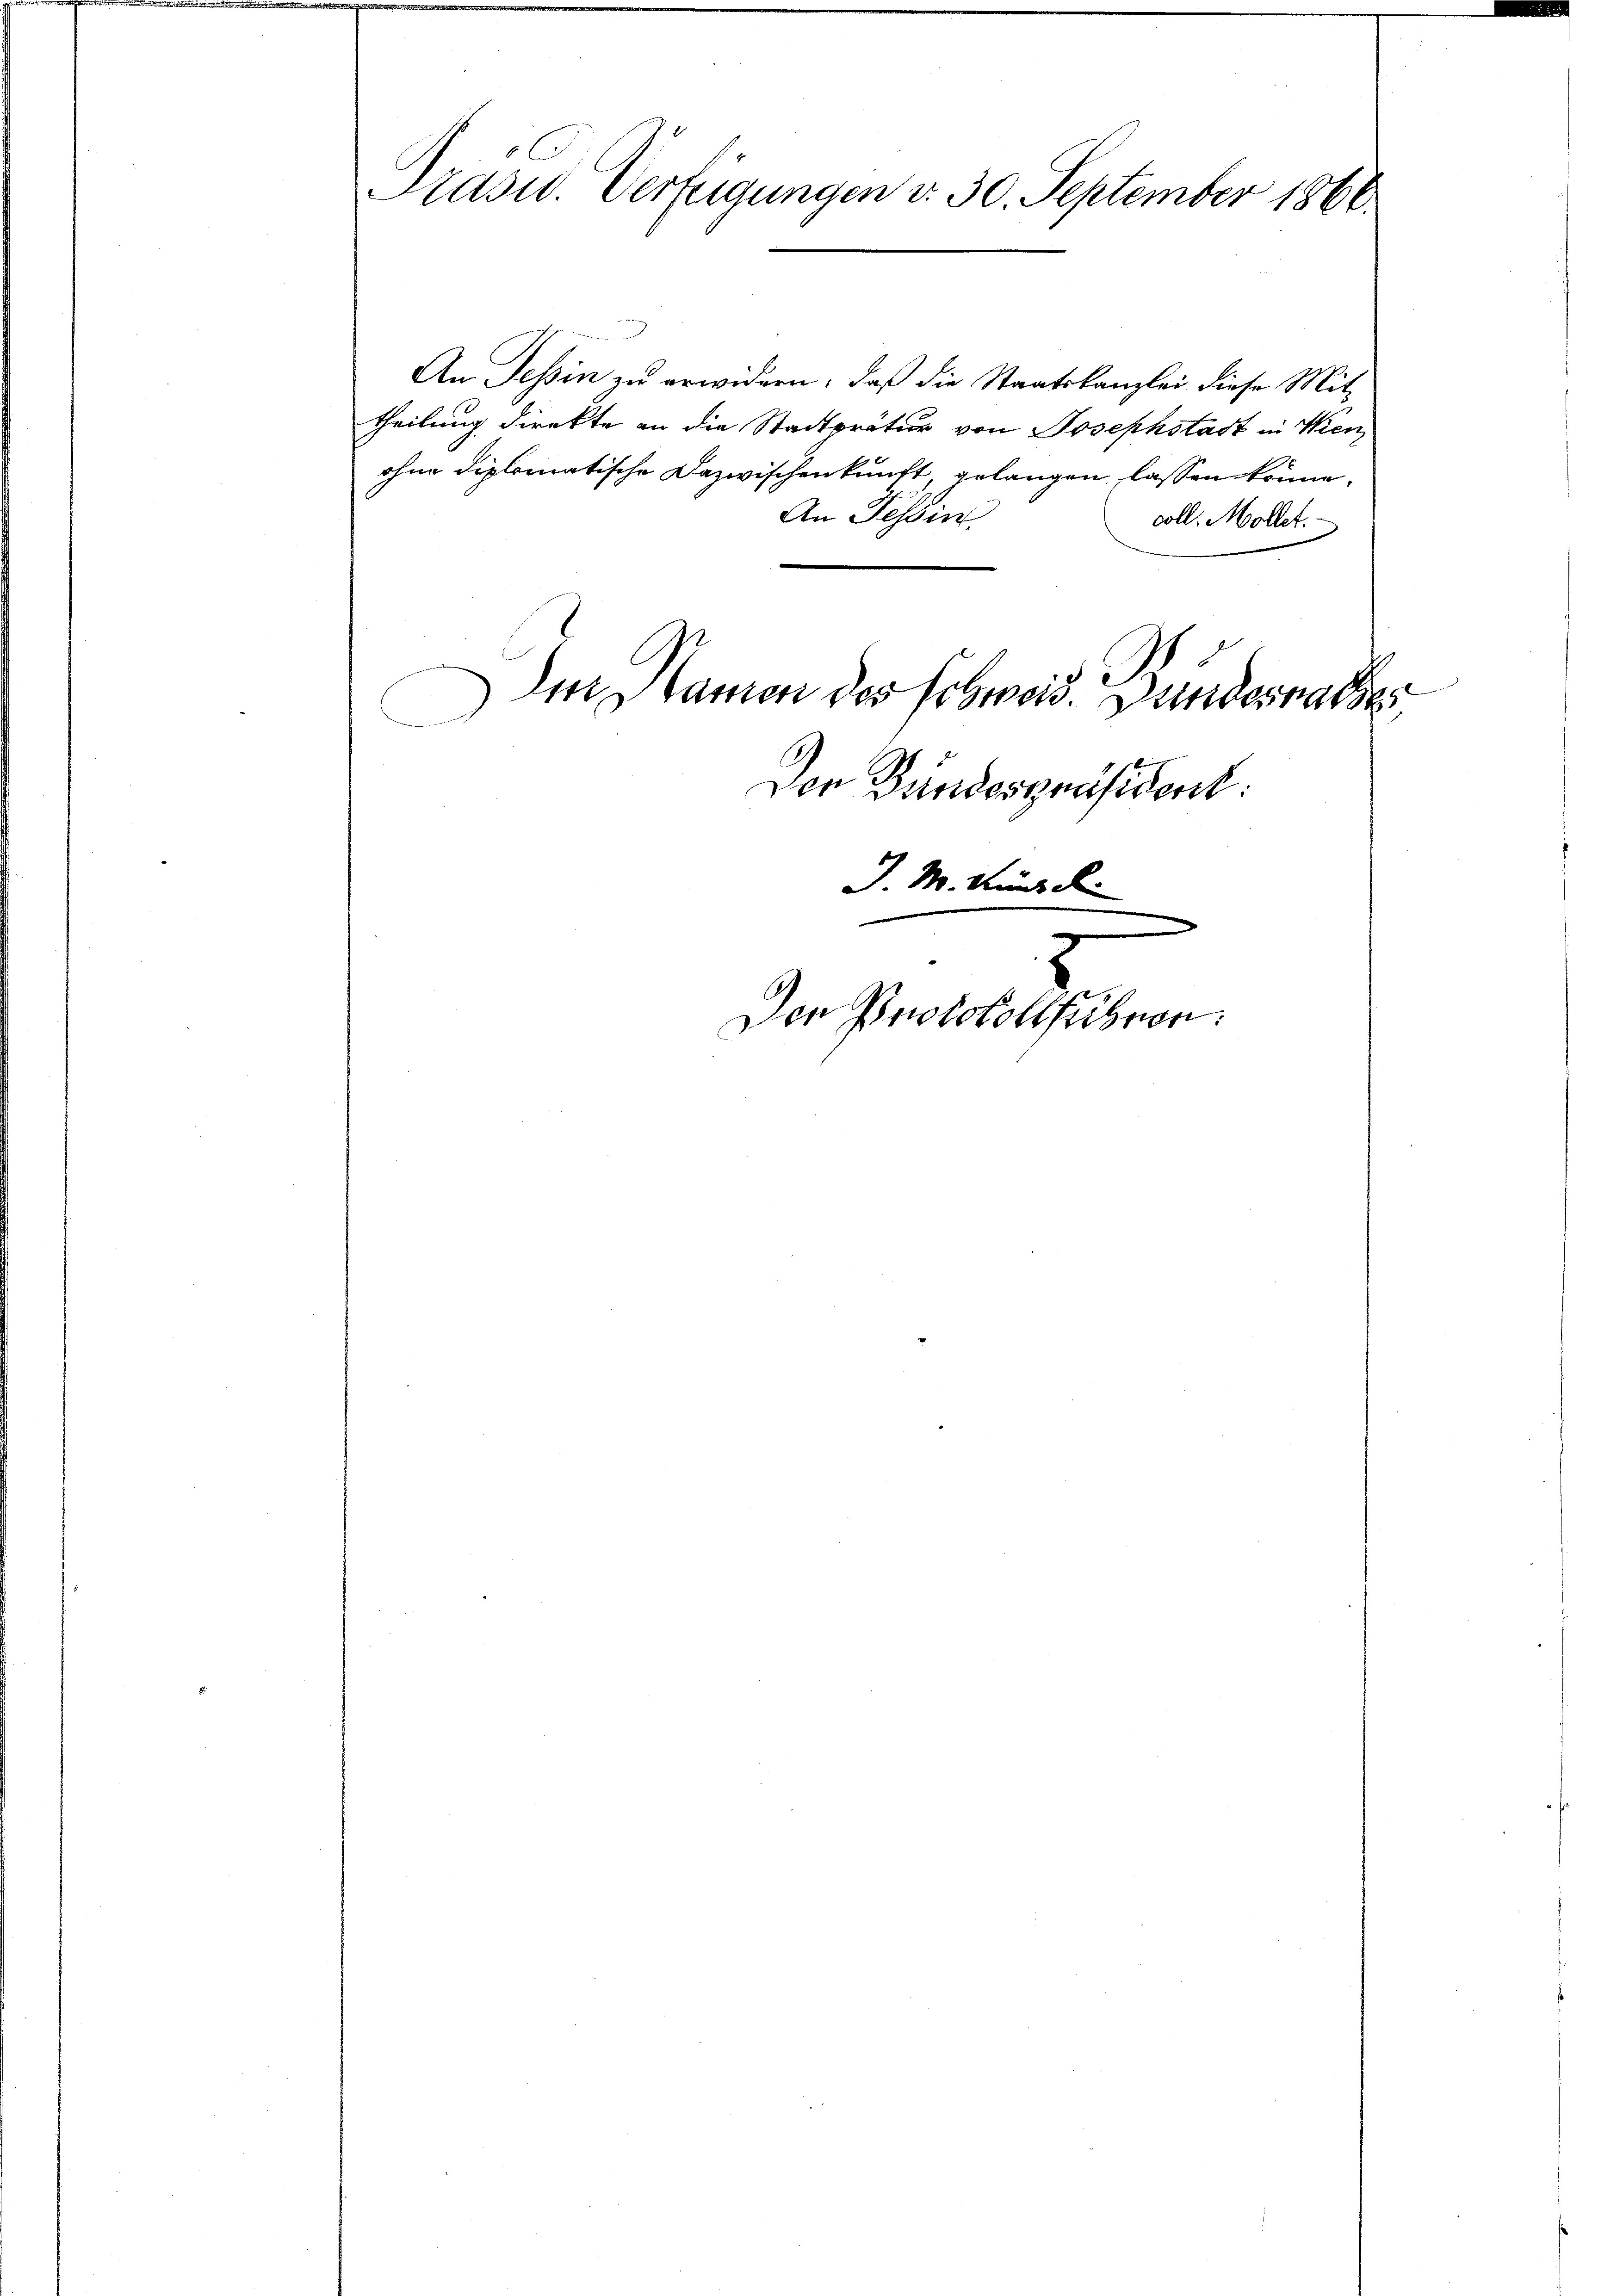
Präsid. Verfügungen v. 30. September 1866.

An Tessin zu erwidern; daß die Staatskanzlei diese Mit-
theilung direkte an die Stadträtur von Josephstadt in Wien
ohne diplomatische Dazwischenkunft gelangen lassen könne.
An Tessin
coll. Mollet.
Im Stanion des Erbwoid. Bundesrathe
Der Bundespräsident:
J. M. Kind d

Den Protokollführen.